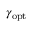
\gamma _ { \mathrm { o p t } }